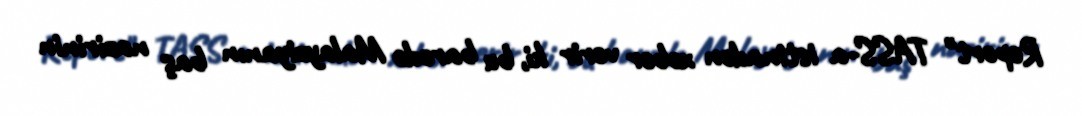
Report" TASS-a istinadən xəbər verir ki, bu barədə Malayziyanın baş nazirinin